Vaccine operations Central Provinces 1900-1911 - 1900-1911
Year: 1900
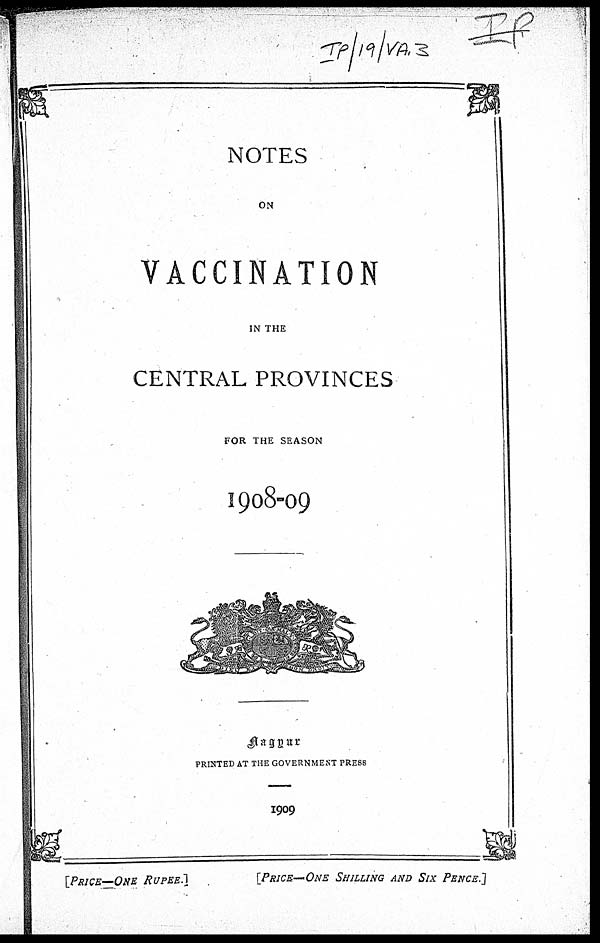
NOTES
ON
VACCINATION
IN THE
CENTRAL PROVINCES
FOR THE SEASON
1908-09
Nagpur
PRINTED AT THE GOVERNMENT PRESS
1909
[PRICE—ONE
RUPEE.]
[PRICE—ONE SHILLING AND SIX PENCE.]